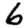
Digit: 6